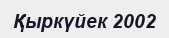
Қыркүйек 2002